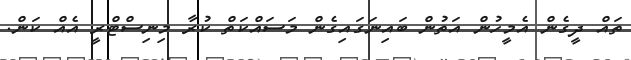
ތައް ދީގެން އެމީހުން އަތުން ބައިނަގައިގެން މަސައްކަތް ކުރާ މިނިސްޓްރީ އެއް ކަން.